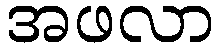
အဖလာ